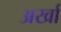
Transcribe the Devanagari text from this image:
अर्खा